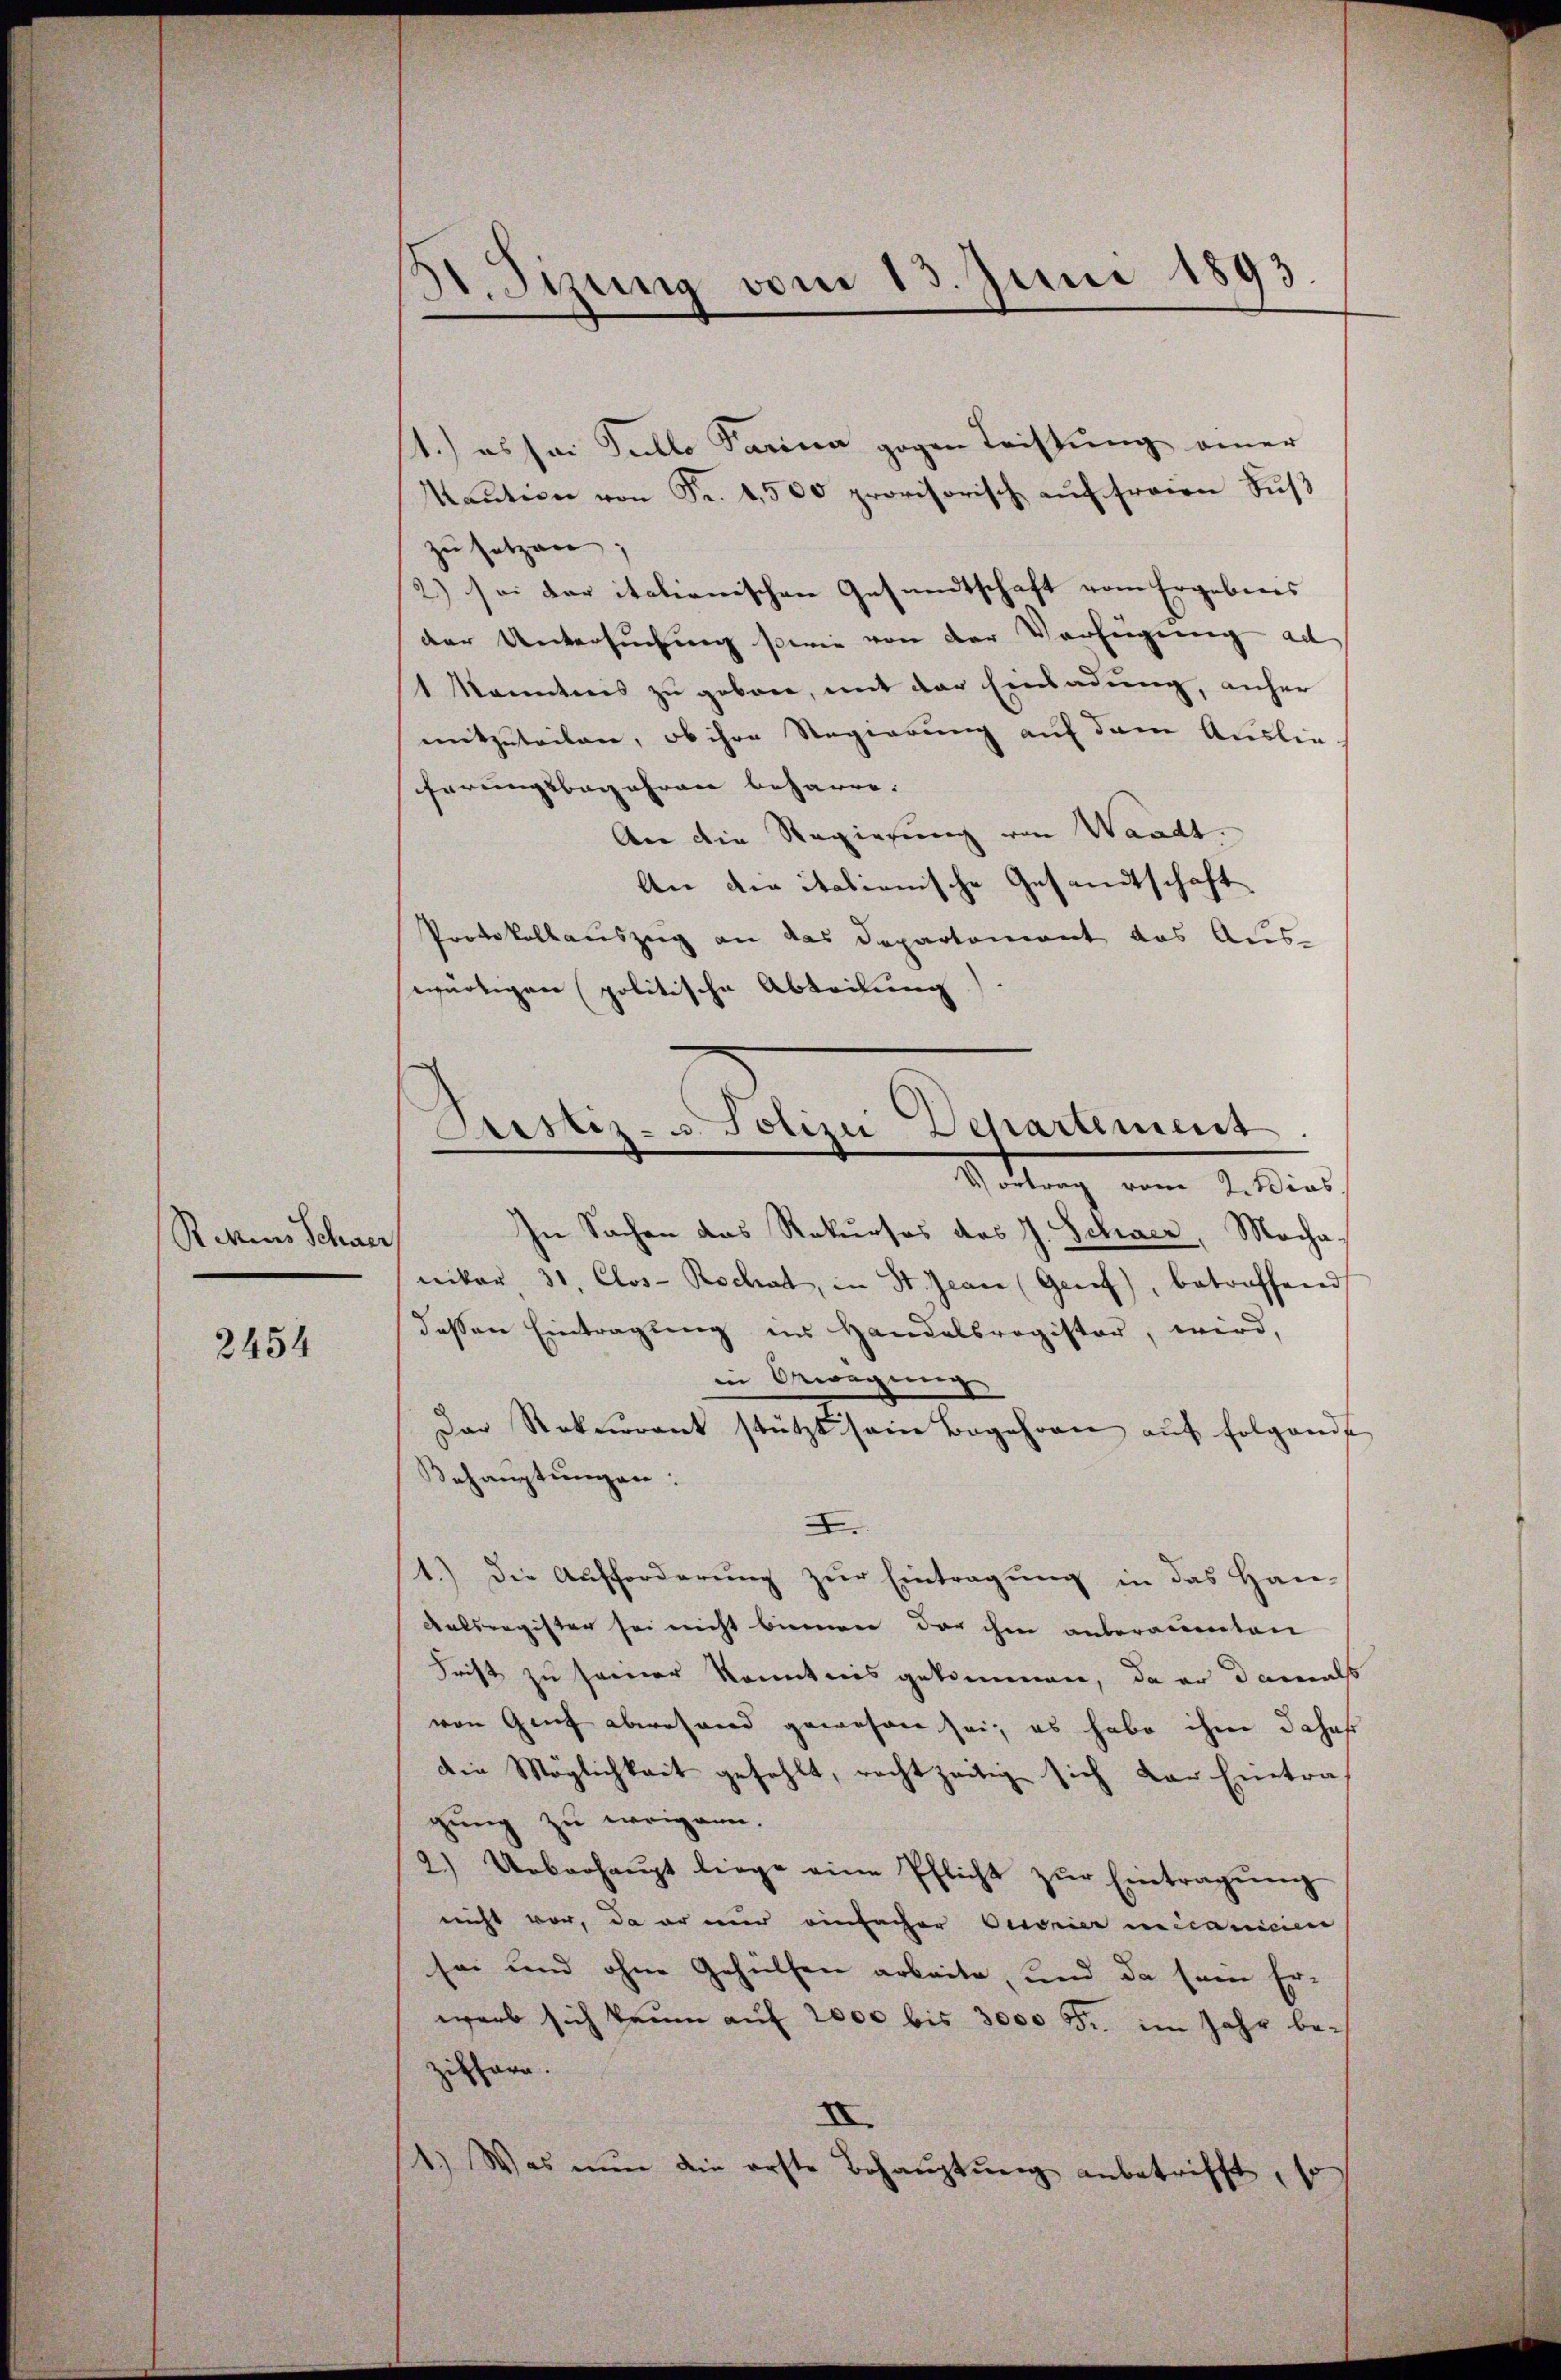
Rektions Schwer

2454

A. Sizung vom 13. Juni 1893.

1.) es sei Fullo darina gegen Leistung einer
Maŭtion von Fr. 1,500 provisorisch aŭf freien Fŭβ
zŭ setzen.
2) sei der italienischen Gesandtschaft vom Ergebnis
der Untersuchung sowie von der Verfügung ad
1 Kenntnis zu geben, mit der Einladung, anher
mitzuteilen, ob ihre Regierung auf dem Auslie-
ferungsbegehren beharre.
An die Regierung von Waadt.
An der italienische Gesandtschaft
Protokollauszug an das Departement das Auswärtigen politische Abteilung)
In Sachen das Rekurses des J. Schacz, Mocha.
niker 31, Clos-Rochat, in St. Jean (Genf), betroffend
dessen Eintragung ins Handelsregister, wird,
in Bewegung
Der Rekurant stützt sein Begehren aŭf folgends
Behauptungen:
I
1.) Die Aufforderung zur Eintragung in das Han¬
Ralsregister sei nicht binne der ihm anberauenten
Frist zu seiner Kenntnis gekommen, da er damals
von Genf abwesend gewesen sei, es habe ihm Jahaf
die Möglichkeit gefehlt, rechtzeitig sich der Eintraf
gung zu weigen.
2.) Ueberhaŭpt liege eine Pflicht zŭr Eintragŭng
nicht vor, da er nur einfacher Oeconier nicanicien
sei und ohne Gehülfen arbeite, und da sein Er-
warb sich kaum auf 2000 bis 3000 Fr. im Jahr beziffern.
XI
1.) Was nun die erste Behaŭptŭng anbetrifft, so

Sistiz- u. Polizei Departement
.
Rettung vom 1. dies